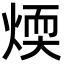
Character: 煗